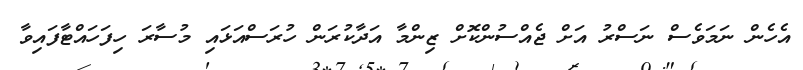
އެހެން ނަމަވެސް ނަސްރު އަށް ޖެއްސުންކޮށް ޒިންމާ އަދާކުރަން ހުރަސްއަޅައި މުސާރަ ހިފަހައްޓާފައިވާ